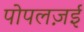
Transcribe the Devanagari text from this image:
पोपलज़ई